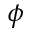
\phi